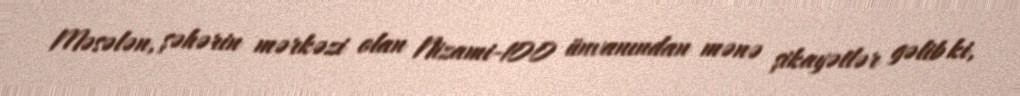
Məsələn, şəhərin mərkəzi olan Nizami-100 ünvanından mənə şikayətlər gəlib ki,